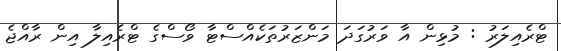
ޓްރެއިލަރު : މުޅިން އާ ވަރުގަދަ މަންޒަރުތަކެއްސްޓާ ވޯސްގެ ޓްރެއިލާ އިން ރާއްޖެ